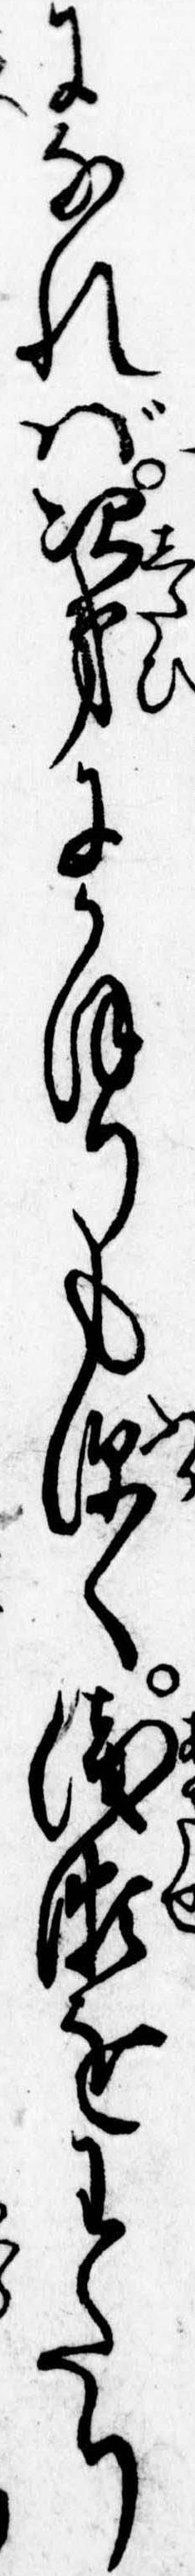
になれば次第にかほりも深く浅瀬をわたり